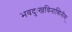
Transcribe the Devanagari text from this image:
भवदुःखविनाशिनीम्